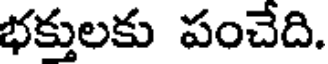
భక్తులకు పంచేది.